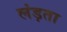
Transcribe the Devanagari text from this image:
लंड़ता